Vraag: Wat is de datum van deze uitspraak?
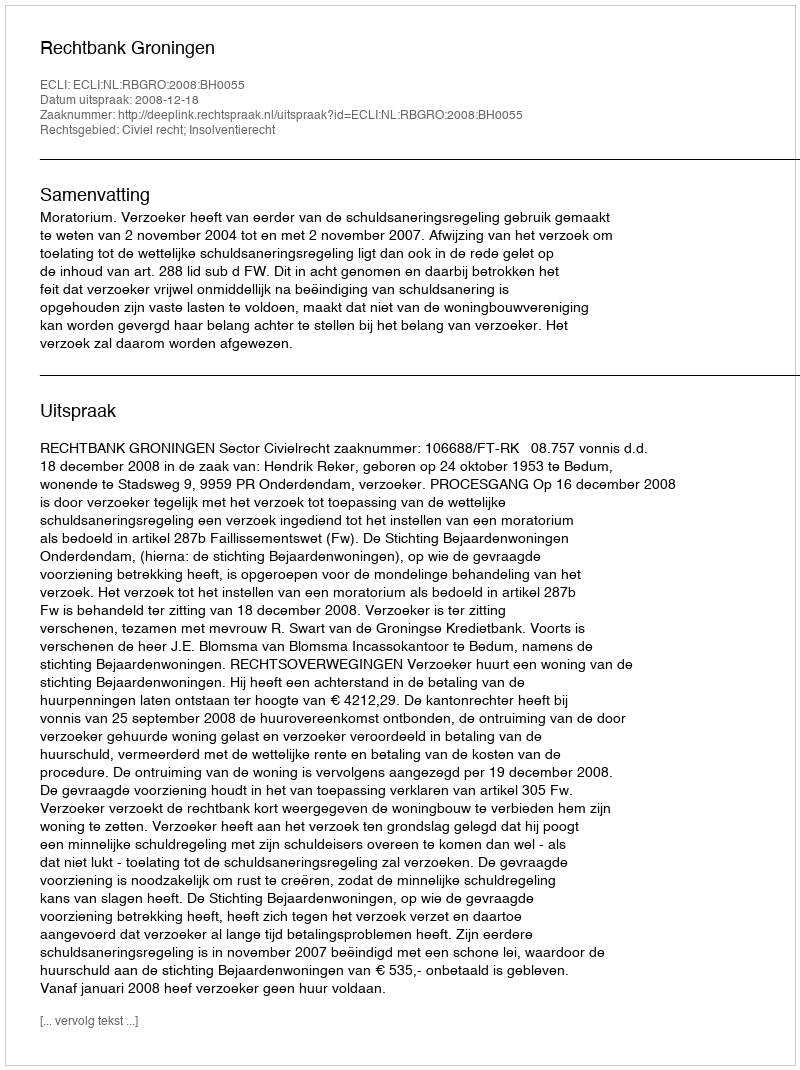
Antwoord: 2008-12-18